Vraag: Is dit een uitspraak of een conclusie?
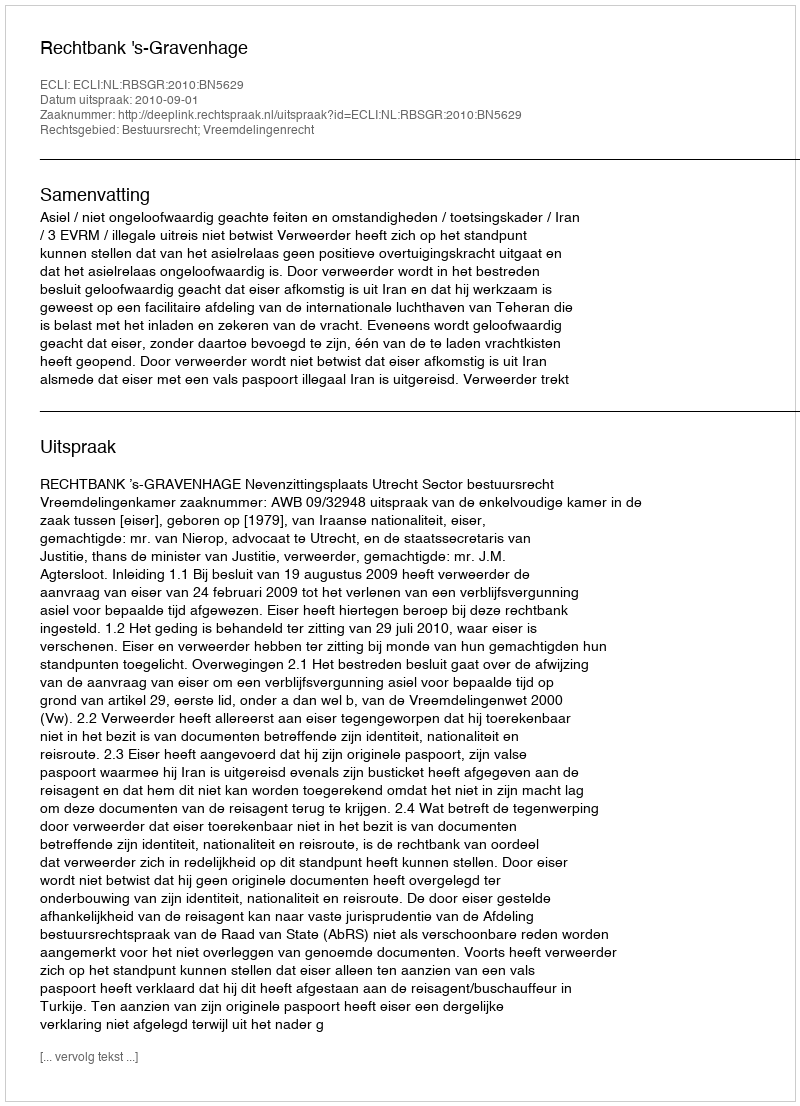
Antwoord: Uitspraak